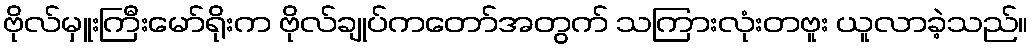
ဗိုလ်မှူးကြီးမော်ရိုးက ဗိုလ်ချုပ်ကတော်အတွက် သကြားလုံးတဗူး ယူလာခဲ့သည်။